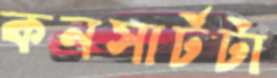
কনসার্টটা